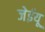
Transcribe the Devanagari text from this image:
जेईयू